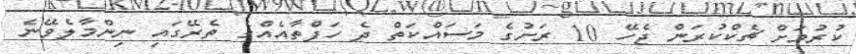
ކުރުމަށް ޗެކްކުރަން ޖެހޭ 10 ރަށުގެ މަސައްކަތް ދެ ހަފްތާއެއްގެ ތެރޭގައި ނިންމާލެވޭނެ